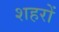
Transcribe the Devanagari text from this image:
शहरों